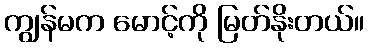
ကျွန်မက မောင့်ကို မြတ်နိုးတယ်။